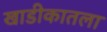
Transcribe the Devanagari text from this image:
खाडीकातला